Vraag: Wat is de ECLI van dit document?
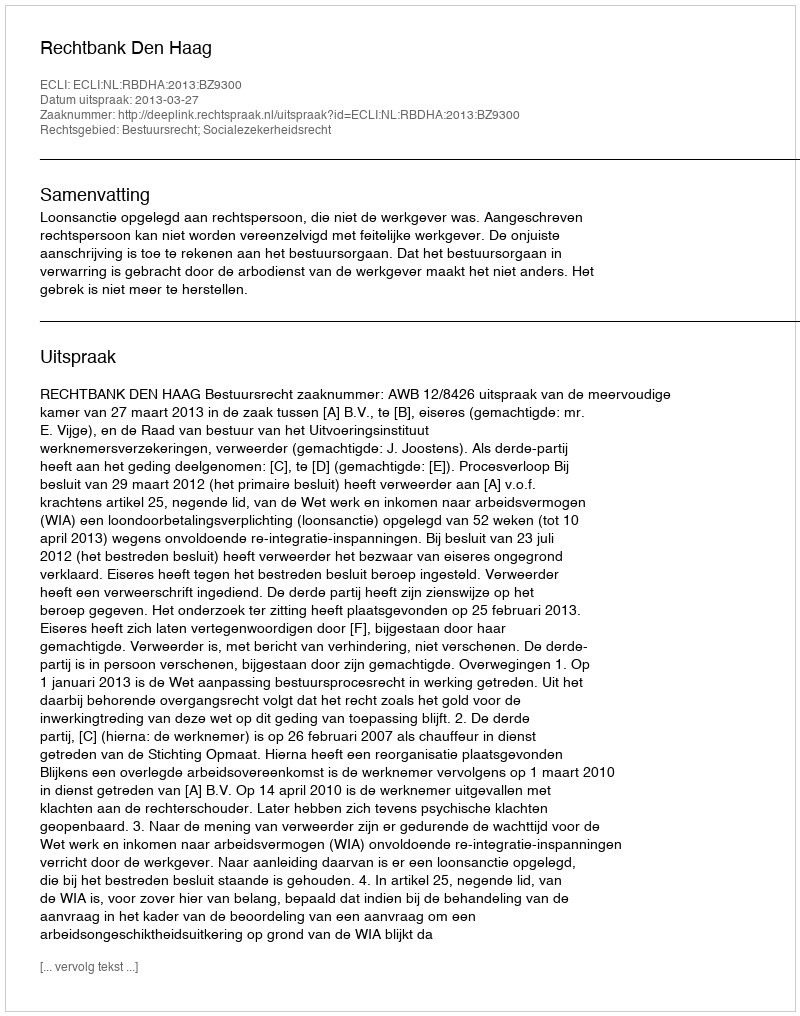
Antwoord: ECLI:NL:RBDHA:2013:BZ9300